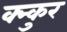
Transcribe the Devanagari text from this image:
क्न्कुर